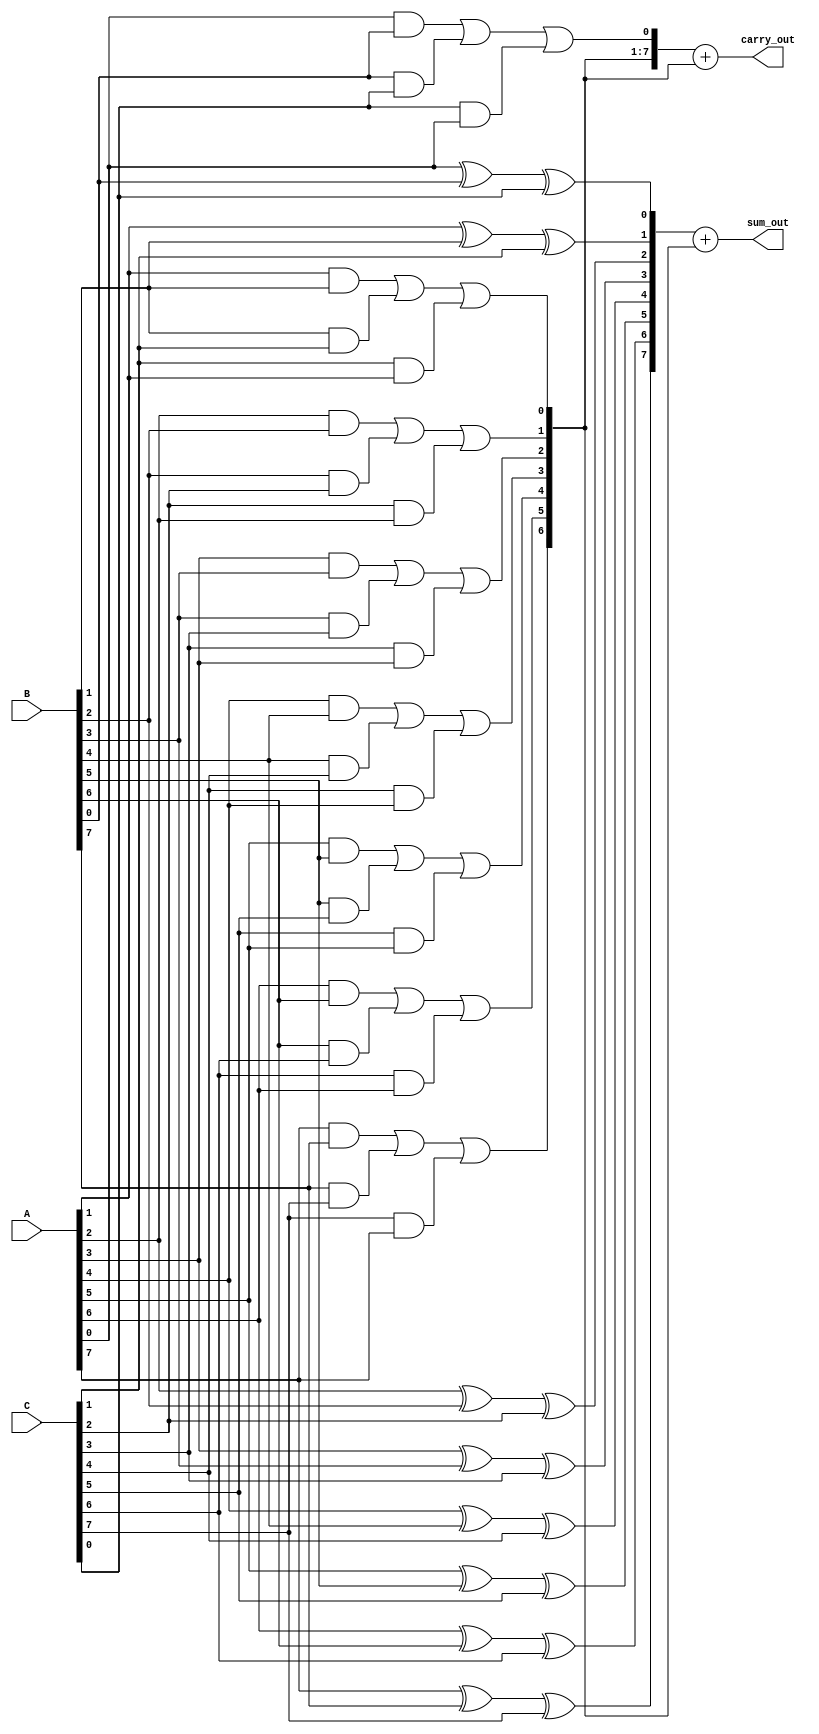
module carry_save_adder (
    input [7:0] A,
    input [7:0] B,
    input [7:0] C,
    output [8:0] sum_out, // 9 bits to accommodate carry
    output [8:0] carry_out // 9 bits to accommodate carry
);

    wire [7:0] sum1, sum2;
    wire [7:0] carry1, carry2;

    // Full adder for each bit position
    generate
        genvar i;
        for (i = 0; i < 8; i = i + 1) begin: full_adder
            wire a = (i < 8) ? A[i] : 0;
            wire b = (i < 8) ? B[i] : 0;
            wire c = (i < 8) ? C[i] : 0;

            // Full adder logic
            assign sum1[i] = a ^ b ^ c; // Sum bit
            assign carry1[i] = (a & b) | (b & c) | (c & a); // Carry bit
        end
    endgenerate

    // Reduction Tree - Combining sums and carries
    wire [8:0] sum_intermediate;
    wire [8:0] carry_intermediate;

    assign sum_intermediate = {1'b0, sum1} + {1'b0, carry1[7:1]}; // Include carry from previous stage
    assign carry_intermediate = {1'b0, carry1[7:0]} + {1'b0, carry1[7:1]}; // Carry bits from full adders

    // Final output
    assign sum_out = sum_intermediate;
    assign carry_out = carry_intermediate;

endmodule